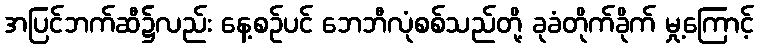
အပြင်ဘက်ဆီ၌လည်း နေ့စဉ်ပင် ဘေဘီလုံစစ်သည်တို့ ခုခံတိုက်ခိုက် မှု့ကြောင့်